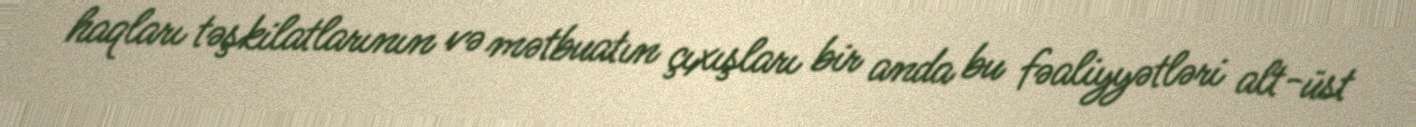
haqları təşkilatlarının və mətbuatın çıxışları bir anda bu fəaliyyətləri alt-üst